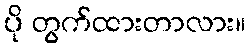
ပို တွက်ထားတာလား။